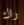
راك